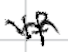
Text: If
Cross-out: wave
Writing tool: digital_black